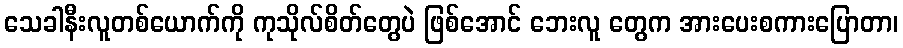
သေခါနီးလူတစ်ယောက်ကို ကုသိုလ်စိတ်တွေပဲ ဖြစ်အောင် ဘေးလူ တွေက အားပေးစကားပြောတာ၊